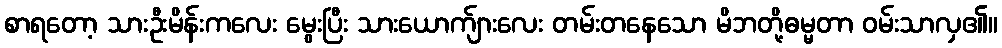
စာရတော့ သားဦးမိန်းကလေး မွေးပြီး သားယောက်ျားလေး တမ်းတနေသော မိဘတို့ဓမ္မတာ ဝမ်းသာလှ၏။